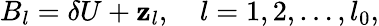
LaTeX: B_{l}=\delta U+\mathbf{z}_{l},\quad l=1,2,\ldots,l_{0},